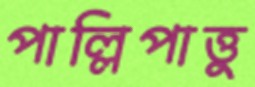
পাল্লিপাত্তু